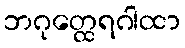
ဘဂုတ္ထေရဂါထာ